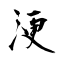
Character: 浭